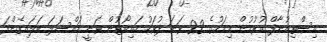
އިސްތިއުނާފް ކުރުމުން މިމަހުގެ 22 ވަަނަ ދުވަހު ހައިކޯޓުން ވަނީ މައްސަލަ ބަލައިގެންފަ